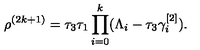
\rho ^ { ( 2 k + 1 ) } = \tau _ { 3 } \tau _ { 1 } \prod _ { i = 0 } ^ { k } ( \Lambda _ { i } - \tau _ { 3 } \gamma _ { i } ^ { [ 2 ] } ) .